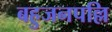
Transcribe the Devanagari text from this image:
बहुजनपल्लि